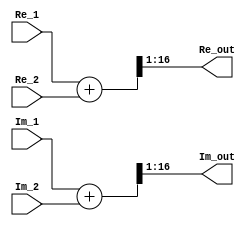
`timescale 1ns / 1ps
//////////////////////////////////////////////////////////////////////////////////
// Company: MSIS LAB
// 
// Design Name: 
// Module Name:    complex_sum 
// Project Name: 
// Target Devices: 
// Tool versions: 
// Description: 
//
// Dependencies: 
//
// Revision: 
// Revision 0.01 - File Created
// Additional Comments: 
//
//////////////////////////////////////////////////////////////////////////////////
module complex_sum
//=============================================================================	
//========================= Parameters Declarations ===========================		
//=============================================================================
#(
 // The width of the input, output and twiddle factors.
 parameter DataWidth = 16
 )
//=============================================================================
//========================   Inputs Declarations   ============================
//============================================================================= 
(
input   wire    signed  [ DataWidth-1 :  0 ] Re_1,
input   wire    signed  [ DataWidth-1  :  0 ] Im_1,
input   wire    signed  [ DataWidth-1  :  0 ] Re_2,
input   wire    signed  [ DataWidth-1  :  0 ] Im_2,
output  wire    signed  [ DataWidth-1  :  0 ] Re_out,
output  wire    signed  [ DataWidth-1  :  0 ] Im_out
);

wire    signed  [ DataWidth :  0 ] w_Re = Re_1 + Re_2;
wire    signed  [ DataWidth :  0 ] w_Im = Im_1 + Im_2;

assign Re_out = w_Re[DataWidth-:DataWidth];
assign Im_out = w_Im[DataWidth-:DataWidth];

endmodule


//module complex_sum(
//    input   wire    signed  [ 15 :  0 ] Re_1,
//    input   wire    signed  [ 15 :  0 ] Im_1,
//    input   wire    signed  [ 15 :  0 ] Re_2,
//    input   wire    signed  [ 15 :  0 ] Im_2,
//    output  wire    signed  [ 15 :  0 ] Re_out,
//    output  wire    signed  [ 15 :  0 ] Im_out
//    );
//
//wire    signed  [ 16 :  0 ] w_Re = Re_1 + Re_2;
//wire    signed  [ 16 :  0 ] w_Im = Im_1 + Im_2;
//
//assign Re_out = w_Re[16-:16];
//assign Im_out = w_Im[16-:16];
//
//endmodule